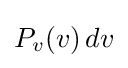
P_{v}(v)\,dv